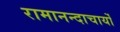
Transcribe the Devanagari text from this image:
रामानन्दाचार्यों